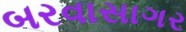
બરવાસાગર